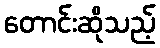
တောင်းဆိုသည့်